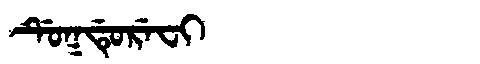
Manchu: ᡩᡠᡴᡩᡠᡵᡝᠸᡳ
Romanization: DUKDUREFI